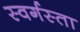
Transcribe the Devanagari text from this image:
स्वर्गस्ता